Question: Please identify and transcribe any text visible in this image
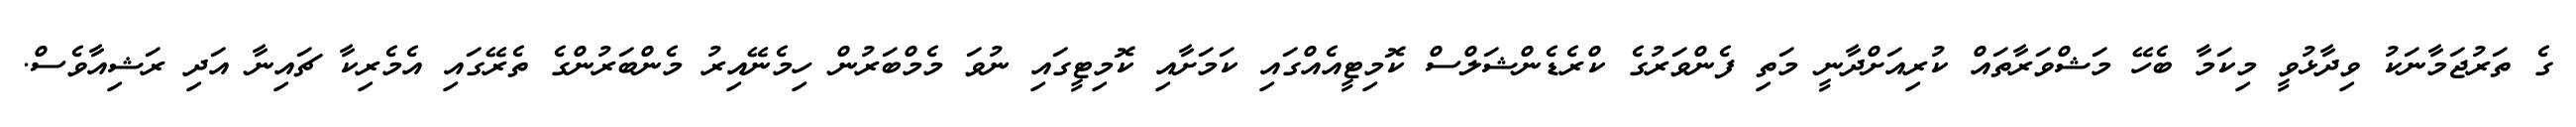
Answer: ގެ ތަރުޖަމާނަކު ވިދާޅުވީ މިކަމާ ބެހޭ މަޝްވަރާތައް ކުރިއަށްދާނީ މަތި ފެންވަރުގެ ކްރެޑެންޝަލްސް ކޮމިޓީއެއްގައި ކަމަށާއި ކޮމިޓީގައި ނުވަ މެމްބަރުން ހިމެނޭއިރު މެންބަރުންގެ ތެރޭގައި އެމެރިކާ ޗައިނާ އަދި ރަޝިއާވެސް.